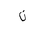
Letter: _non